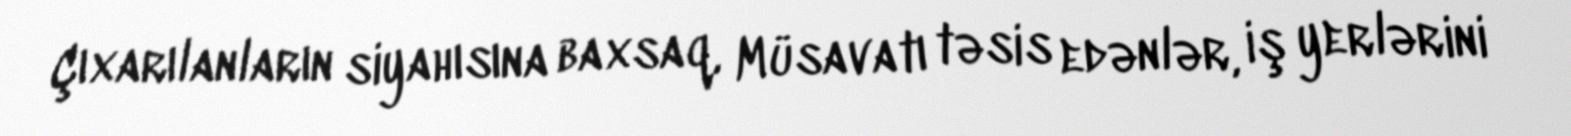
Çıxarılanların siyahısına baxsaq, Müsavatı təsis edənlər, iş yerlərini